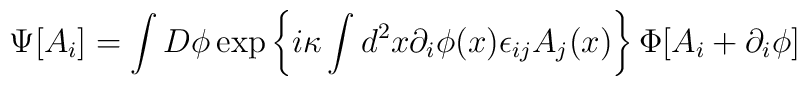
\Psi[A_i]=\int D\phi\exp\left\{i\kappa\int d^2x \partial_i\phi(x)\epsilon_{ij}A_j(x)\right\}\Phi[A_i+\partial_i\phi]